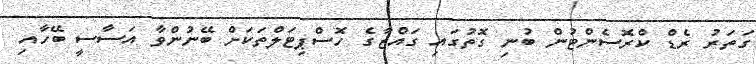
ގަތަރު ރެޑް ކްރޮސެންޓުން ބުނި ގޮތުގައި ގައްޒާގެ ހޮސްޕިޓަލްތަކަށް ބޭނުންވާ އަސާސީ ބޭހާއި